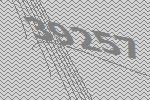
39257